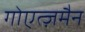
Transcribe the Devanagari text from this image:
गोएत्ज़मैन